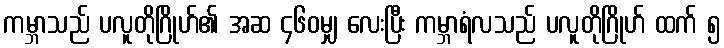
ကမ္ဘာသည် ပလူတိုဂြိုဟ်၏ အဆ ၄၆၀မျှ လေးပြီး ကမ္ဘာရံလသည် ပလူတိုဂြိုဟ် ထက် ၅